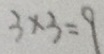
3 \times 3 = 9